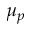
\mu _ { p }